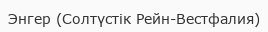
Энгер (Солтүстік Рейн-Вестфалия)